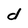
Character: d